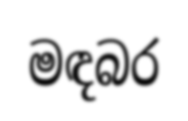
මඳබර